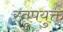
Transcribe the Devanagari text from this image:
स्तूपयुक्त